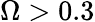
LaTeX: \Omega>0.3